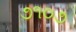
૭૧૦૭